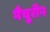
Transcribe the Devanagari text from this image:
मैचुरीन